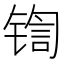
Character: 𰾡